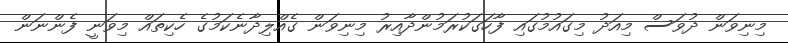
މިނިވަން ދުވަސް މިއަދު މިގައުމުގައި ފާހަގަކުރަމުންދާއިރު މިނިވަން ގެއްލިދާނެކަމުގެ ހެކިތައް މިވަނީ ފެންނަން